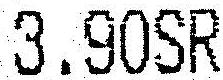
3.90SR